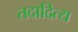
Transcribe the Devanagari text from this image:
तदादित्य